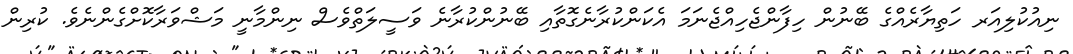
ނިއުކުލިއަރ ހަތިޔާރެއްގެ ބޭނުން ހިފާންޖެހިއްޖެނަމަ އެކަންކުރާނެގޮތާއި ބޭނުންކުރާނެ ވަސީލަތްވެސް ނިންމާނީ މަޝްވަރާކޮށްގެންނެވެ. ކުރިން